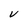
Character: V